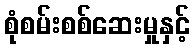
စုံစမ်းစစ်ဆေးမှုနှင့်